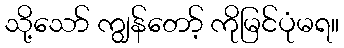
သို့သော် ကျွန်တော့် ကိုမြင်ပုံမရ။